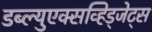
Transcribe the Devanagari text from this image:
डब्ल्युएक्सव्हिड्जेट्स